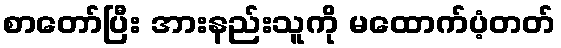
စာတော်ပြီး အားနည်းသူကို မထောက်ပံ့တတ်